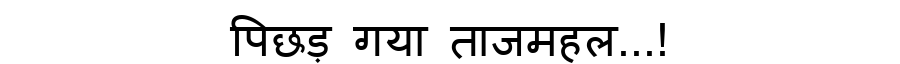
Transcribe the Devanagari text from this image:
पिछड़ गया ताजमहल...!